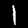
Digit: 1